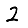
Digit: 2